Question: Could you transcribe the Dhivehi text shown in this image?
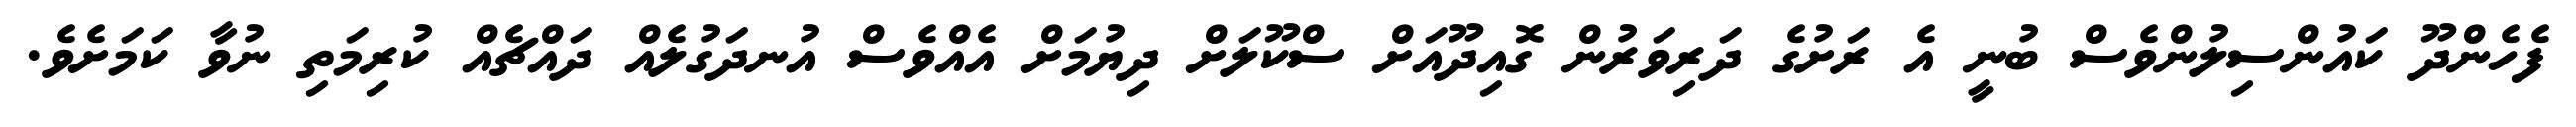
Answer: ފެހެންދޫ ކައުންސިލުންވެސް ބުނީ އެ ރަށުގެ ދަރިވަރުން ގޮއިދޫއަށް ސްކޫލަށް ދިޔުމަށް އެއްވެސް އުނދަގުލެއް ދައްޗެއް ކުރިމަތި ނުވާ ކަމަށެވެ.